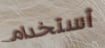
أستخدام